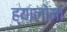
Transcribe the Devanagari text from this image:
ह्यालोमा